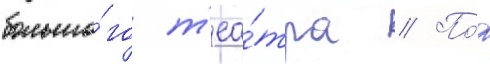
большо́го т'еа́тра // По́д